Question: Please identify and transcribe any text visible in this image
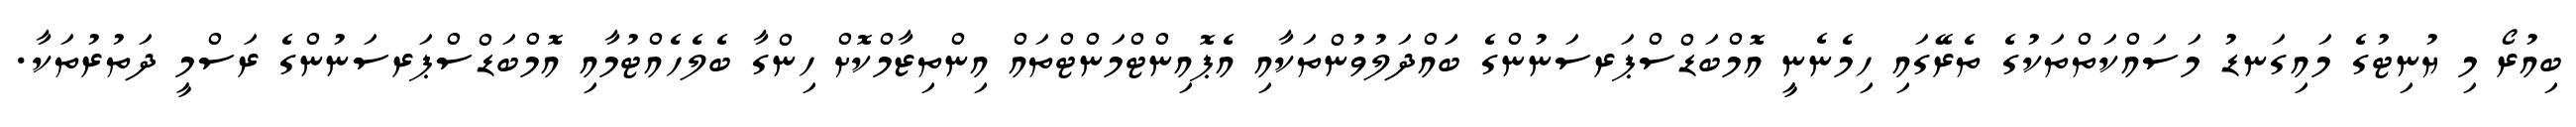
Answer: ބިއުރޯ މި ޔުނިޓުގެ މައިގަނޑު މަސައްކަތްތަކުގެ ތެރޭގައި ހިމެނެނީ އޮމްބަޑްސްޕަރސަނުންގެ ބަައްދަލުވުންތަކާއި އެޕޮއިންޓްމަންޓްތައް އިންތިޒާމްކޮށް ހިންގާ ބެލެހެއްޓުމާއި އޮމްބަޑްސްޕަރސަނުންގެ ރަސްމީ ދަތުރުތަކާ.